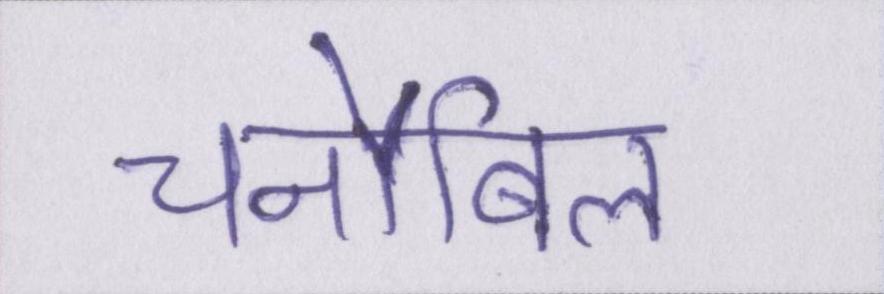
चर्नोबिल